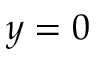
y = 0